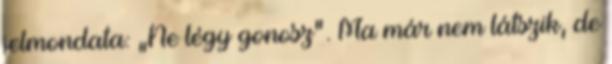
jelmondata: „Ne légy gonosz”. Ma már nem látszik, de